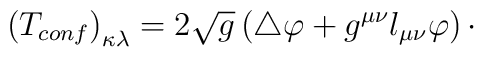
\left( T_{conf}\right) _{\kappa \lambda }=2\sqrt{g}\left( \bigtriangleup\varphi +g^{\mu \nu }l_{\mu \nu }\varphi \right) \cdot